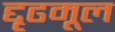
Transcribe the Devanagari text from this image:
द्दृढमूल